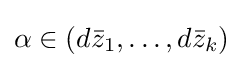
\alpha \in (d{\bar {z}}_{1},\dots ,d{\bar {z}}_{k})